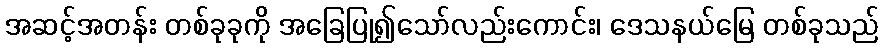
အဆင့်အတန်း တစ်ခုခုကို အခြေပြု၍သော်လည်းကောင်း၊ ဒေသနယ်မြေ တစ်ခုသည်